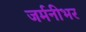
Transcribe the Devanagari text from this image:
जर्मनीभर